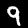
Label: 9